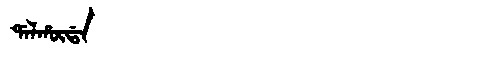
Manchu: ᡩᠠᠯᡥᡡᡩᠠ
Romanization: DALHŪDA